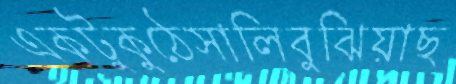
একটুকুঠেসালিবুঝিয়াছ